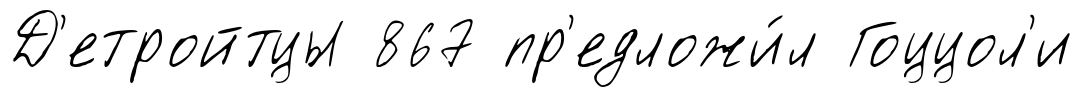
Д'етройтцы 867 пр'едложи́л Гоццол'и